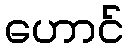
ဟောင်